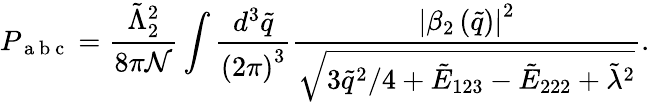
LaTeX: P_{\mathrm{~a~b~c~}}=\frac{\tilde{\Lambda}_{2}^{2}}{8\pi\mathcal{N}}\int\frac{d^{3}\tilde{q}}{\left(2\pi\right)^{3}}\frac{\left|\beta_{2}\left(\tilde{q}\right)\right|^{2}}{\sqrt{3\tilde{q}^{2}/4+\tilde{E}_{123}-\tilde{E}_{222}+\tilde{\lambda}^{2}}}.